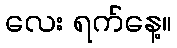
လေး ရက်နေ့။